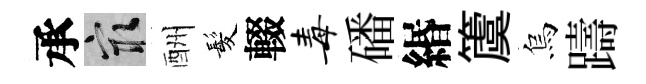
承冣酬髪輟毒磻緡𥵂烏躊